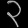
Digit: ၃